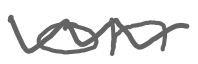
Text: on
Cross-out: wave
Writing tool: digital_gray